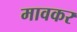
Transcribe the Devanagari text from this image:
मावकर